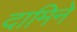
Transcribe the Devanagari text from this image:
दामिने